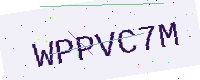
Text: WPPVC7M